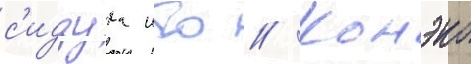
с'идзука ито // Конэко